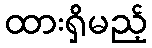
ထားရှိမည့်